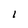
Character: I